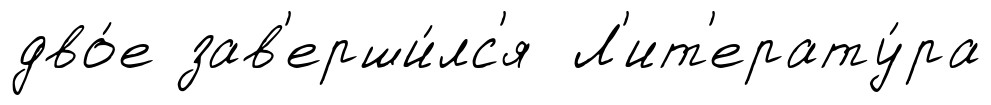
дво́е зав'ерши́лс'я Л'ит'ерату́ра